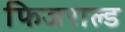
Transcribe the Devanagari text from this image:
फिजराल्ड